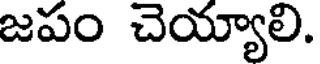
జపం చెయ్యాలి.